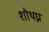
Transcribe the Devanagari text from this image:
शोथघ्न